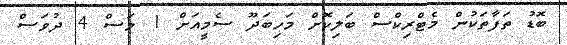
ބޮޑު ތަފާތަކުން މެޓްރިކްސް ބަލިކޮށް މަހިބަދޫ ސެމީއަށް 1 މަސް 4 ދުވަސް